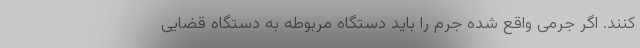
کنند. اگر جرمی واقع شده جرم را باید دستگاه مربوطه به دستگاه قضایی